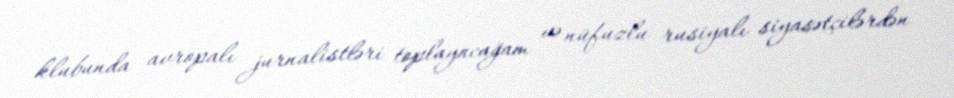
klubunda avropalı jurnalistləri toplayacağam və nüfuzlu rusiyalı siyasətçilərdən